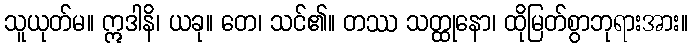
သူယုတ်မ။ ဣဒါနိ၊ ယခု။ တေ၊ သင်၏။ တဿ သတ္ထုနော၊ ထိုမြတ်စွာဘုရားအား။